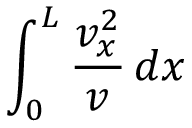
\int _ { 0 } ^ { L } { \frac { v _ { x } ^ { 2 } } { v } \, d x }